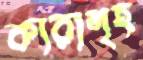
কারাগৃহ